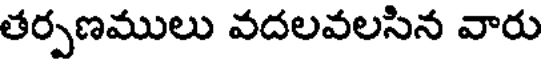
తర్పణములు వదలవలసిన వారు